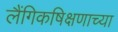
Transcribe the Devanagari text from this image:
लैंगिकषिक्षणाच्या